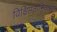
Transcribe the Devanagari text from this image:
विक्षिप्ततानिवारक